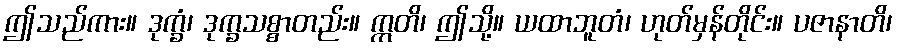
ဤသည်ကား။ ဒုက္ခံ၊ ဒုက္ခသစ္စာတည်း။ ဣတိ၊ ဤသို့။ ယထာဘူတံ၊ ဟုတ်မှန်တိုင်း။ ပဇာနာတိ၊